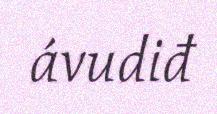
ávudiđ